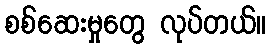
စစ်ဆေးမှုတွေ လုပ်တယ်။